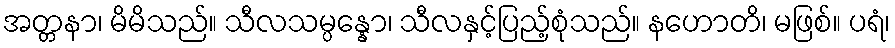
အတ္တနာ၊ မိမိသည်။ သီလသမ္ပန္နော၊ သီလနှင့်ပြည့်စုံသည်။ နဟောတိ၊ မဖြစ်။ ပရံ၊